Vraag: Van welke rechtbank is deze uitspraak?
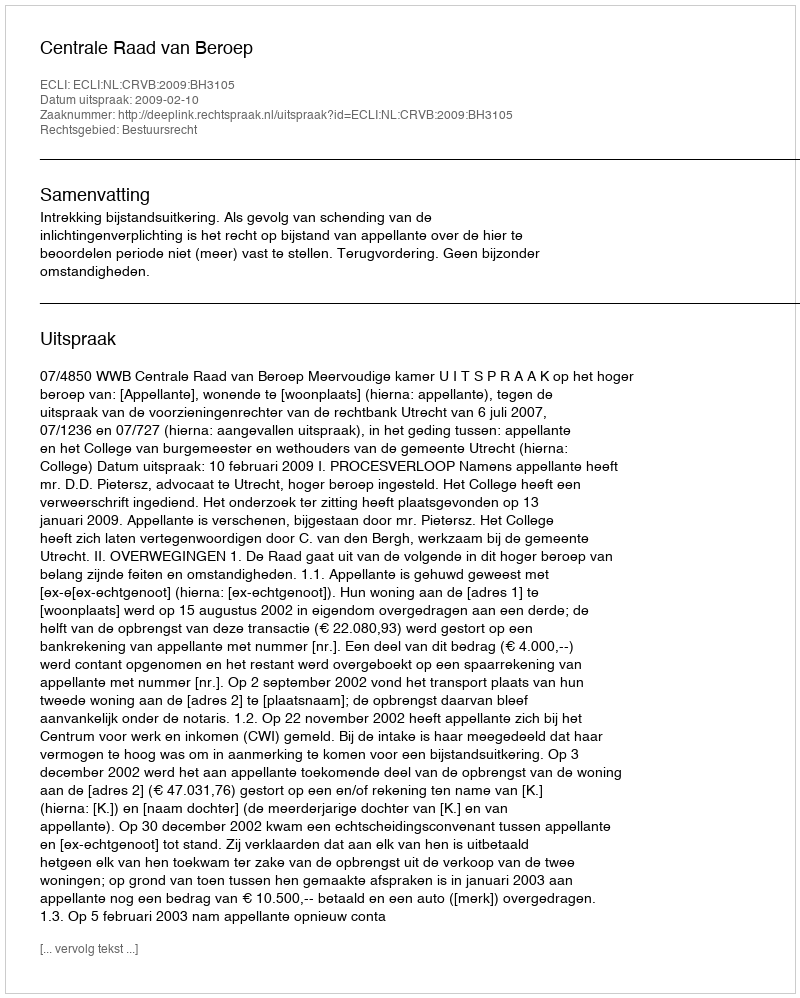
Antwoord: Centrale Raad van Beroep